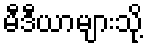
မီဒီယာများသို့